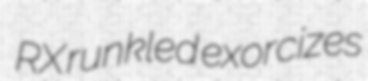
RX runkled exorcizes